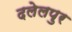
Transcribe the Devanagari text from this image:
दलेलपुर